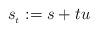
LaTeX: \begin{align*}s_{_t}:=s+tu\end{align*}